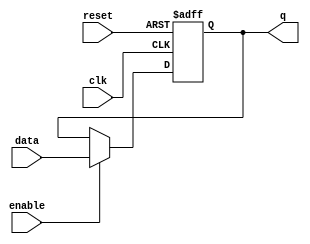
module dff_async_reset(q, data, clk, reset, enable); //single bit D-Flip-Flop with asynchronous reset & enable
input data, clk, reset, enable;
output reg q;

always @(posedge clk or negedge reset)
if (~reset) begin
	q <= 1'b0;
	end
else if (enable) begin
	q <= data;
	end
endmodule